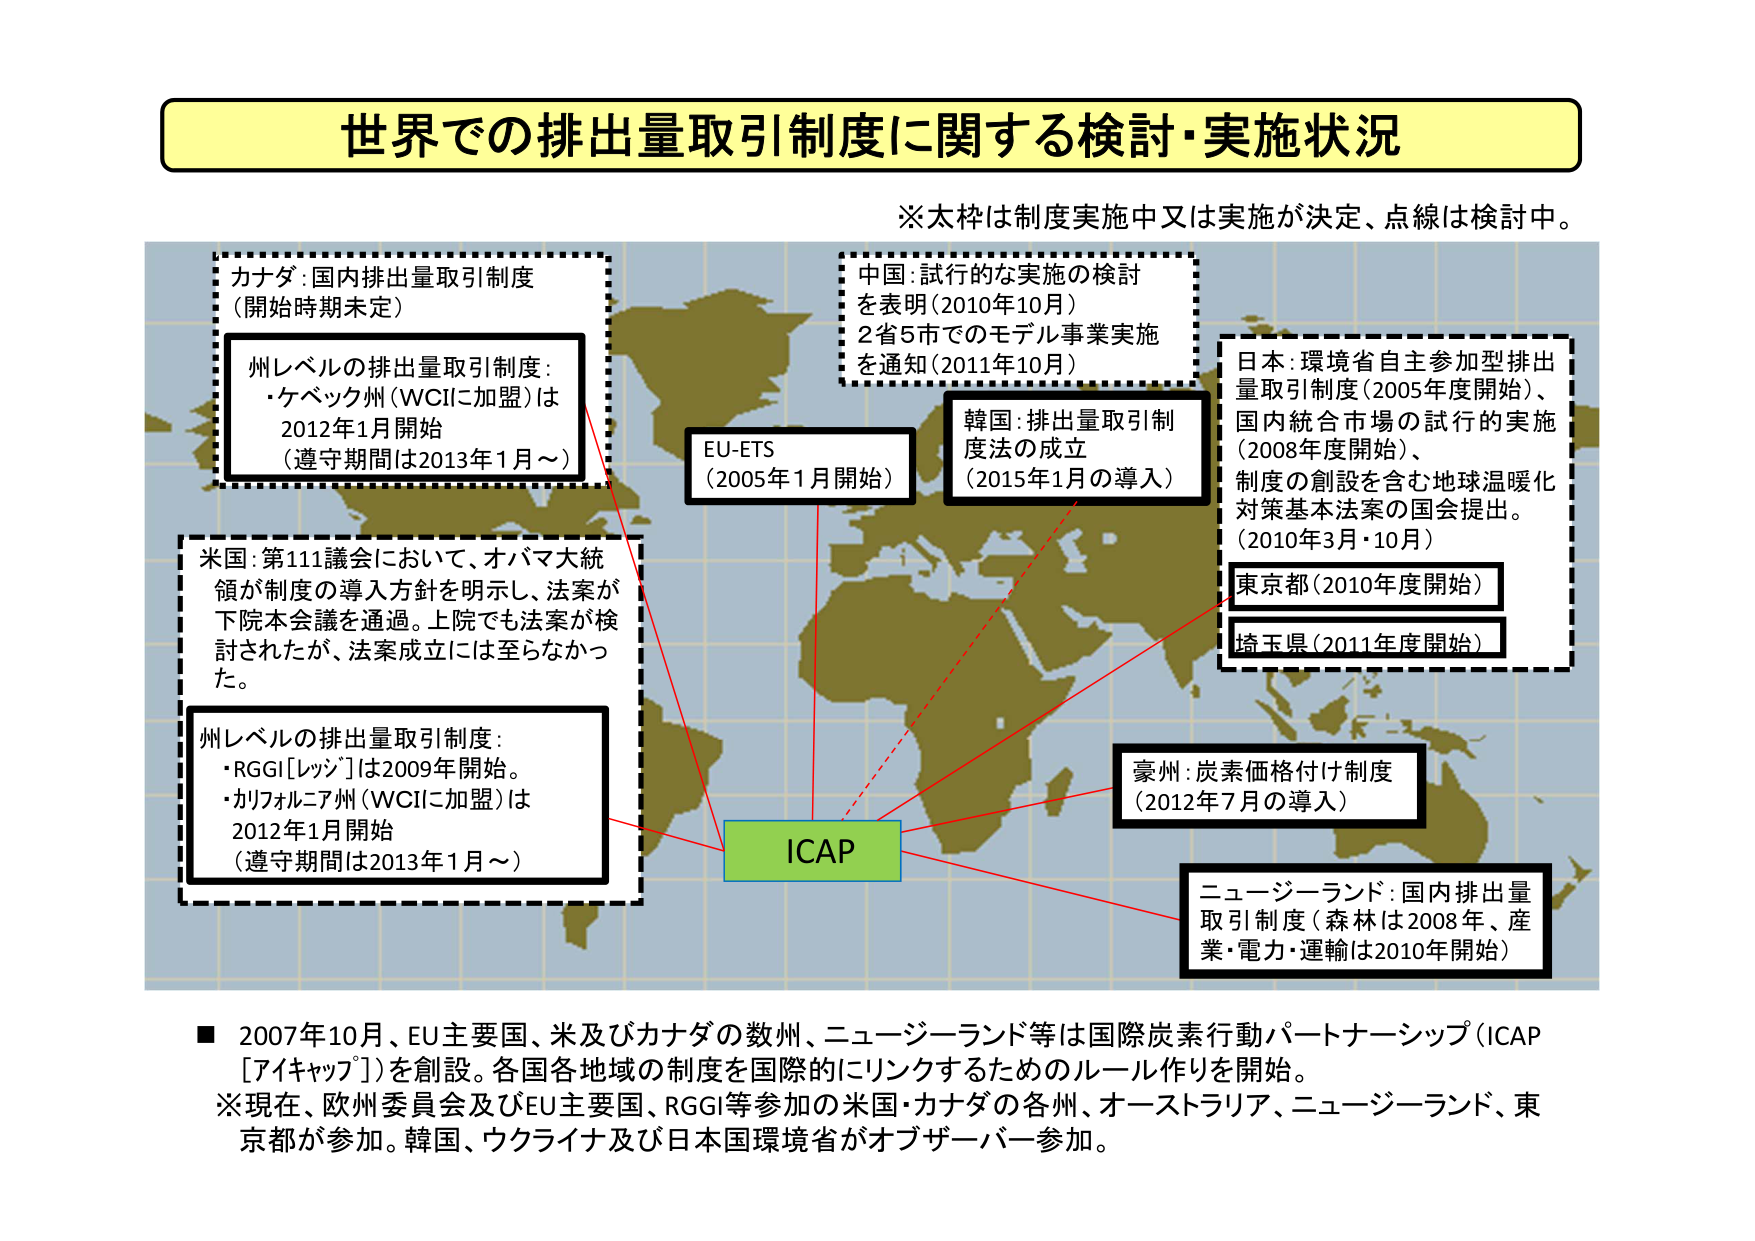
世界での排出量取引制度に関する検討・実施状況

※太枠は制度実施中又は実施が決定、点線は検討中。

カナダ：国内排出量取引制度
（開始時期未定）

州レベルの排出量取引制度：
・ケベック州（WCIに加盟）は
2012年1月開始
（遵守期間は2013年1月～）

米国：第111議会において、オバマ大統
領が制度の導入方針を明示し、法案が
下院本会議を通過。上院でも法案が検
討されたが、法案成立には至らなかっ
た。

州レベルの排出量取引制度：
・RGGI［レジ］は2009年開始。
・カリフォルニア州（WCIに加盟）は
2012年1月開始
（遵守期間は2013年1月～）

EU-ETS
（2005年1月開始）

中国：試行的な実施の検討
を表明（2010年10月）
2省5市でのモデル事業実施
を通知（2011年10月）

韓国：排出量取引制
度法の成立
（2015年1月の導入）

日本：環境省自主参加型排出
量取引制度（2005年度開始）、
国内統合市場の試行的実施
（2008年度開始）、
制度の創設を含む地球温暖化
対策基本法案の国会提出。
（2010年3月・10月）

東京都（2010年度開始）

埼玉県（2011年度開始）

豪州：炭素価格付け制度
（2012年7月の導入）

ニュージーランド：国内排出量
取引制度（森林は2008年、産
業・電力・運輸は2010年開始）

ICAP

■ 2007年10月、EU主要国、米及びカナダの数州、ニュージーランド等は国際炭素行動パートナーシップ（ICAP［アイキャップ］）を創設。各国各地域の制度を国際的にリンクするためのルール作りを開始。
※現在、欧州委員会及びEU主要国、RGGI等参加の米国・カナダの各州、オーストラリア、ニュージーランド、東京都が参加。韓国、ウクライナ及び日本国環境省がオブザーバー参加。